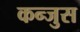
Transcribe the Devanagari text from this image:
कन्जुस